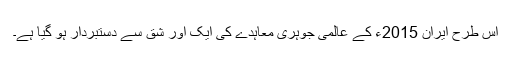
اس طرح ایران 2015ء کے عالمی جوہری معاہدے کی ایک اور شق سے دستبردار ہو گیا ہے۔